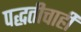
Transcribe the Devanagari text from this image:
पद्धतीचाही